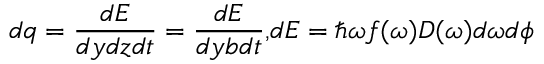
d q = \frac { d E } { d y d z d t } = \frac { d E } { d y b d t } { , } d E = \hbar \omega f ( \omega ) D ( \omega ) d \omega d \phi